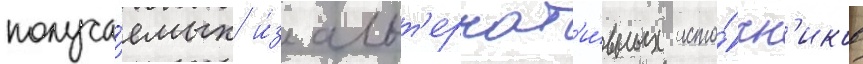
получа́емых и́з альт'ернат'и́вных исто́чн'иков